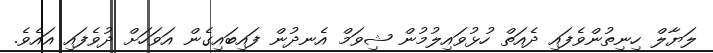
ލަޔާލް ހިނިތުންވެފައި ދެއަތް ހުޅުވައިލުމުން ޝިވަމް އެނދުން ފައިބައިގެން އަވަހަށް ދުވެފައި އައެވެ.